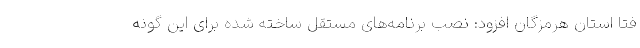
فتا استان هرمزگان افزود: نصب برنامه‌های مستقل ساخته شده برای این گونه